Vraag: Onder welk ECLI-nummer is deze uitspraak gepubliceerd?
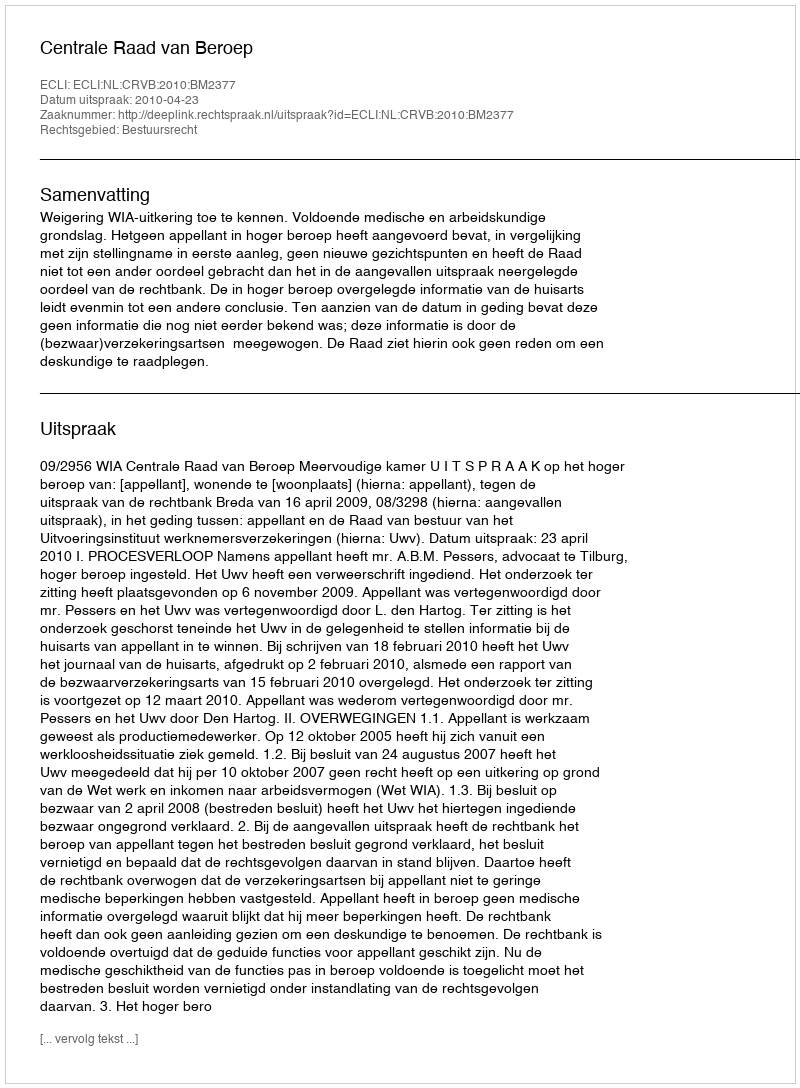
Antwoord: ECLI:NL:CRVB:2010:BM2377